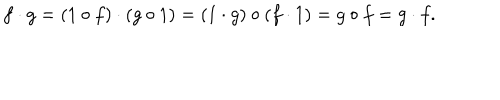
LaTeX: f \cdot g = ( 1 \circ f ) \cdot ( g \circ 1 ) = ( 1 \cdot g ) \circ ( f \cdot 1 ) = g \circ f = g \cdot f .